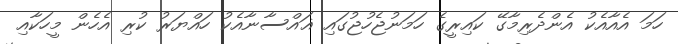
ހަމަ އެއާއެކު އެންދެރިމާގޭ ކައިރީގެ ހަމަނުޖެހުޖުގައި ޣައްސާނާއެކު ހައްޔަރު ކުރި އެހެން މީހަކާއި